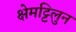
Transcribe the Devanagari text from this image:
क्षेमट्टिलुन